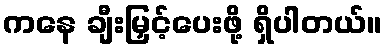
ကနေ ချီးမြှင့်ပေးဖို့ ရှိပါတယ်။